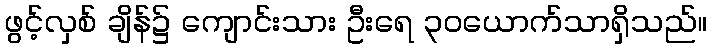
ဖွင့်လှစ် ချိန်၌ ကျောင်းသား ဦးရေ ၃၀ယောက်သာရှိသည်။